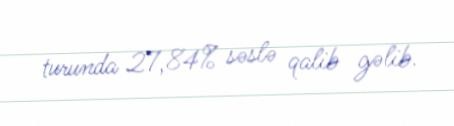
turunda 27,84% səslə qalib gəlib.